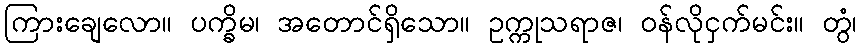
ကြားချေလော။ ပက္ခိမ၊ အတောင်ရှိသော။ ဥက္ကုသရာဇ၊ ဝန်လိုငှက်မင်း။ တွံ၊